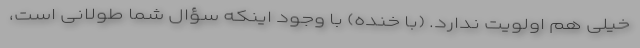
خیلی هم اولویت ندارد. ‌(با خنده) با وجود اینکه سؤال شما طولانی است،